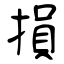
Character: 損